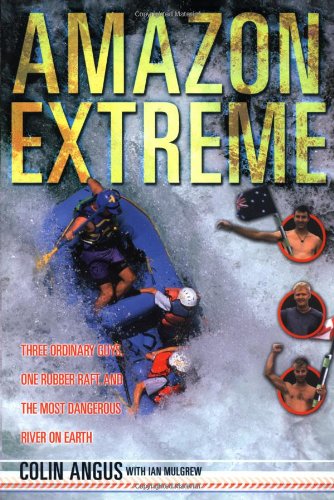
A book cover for Amazon Extreme: Three Ordinary Guys, One Rubber Raft and the Most Dangerous River on Earth; Colin Angus; Sports & Outdoors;